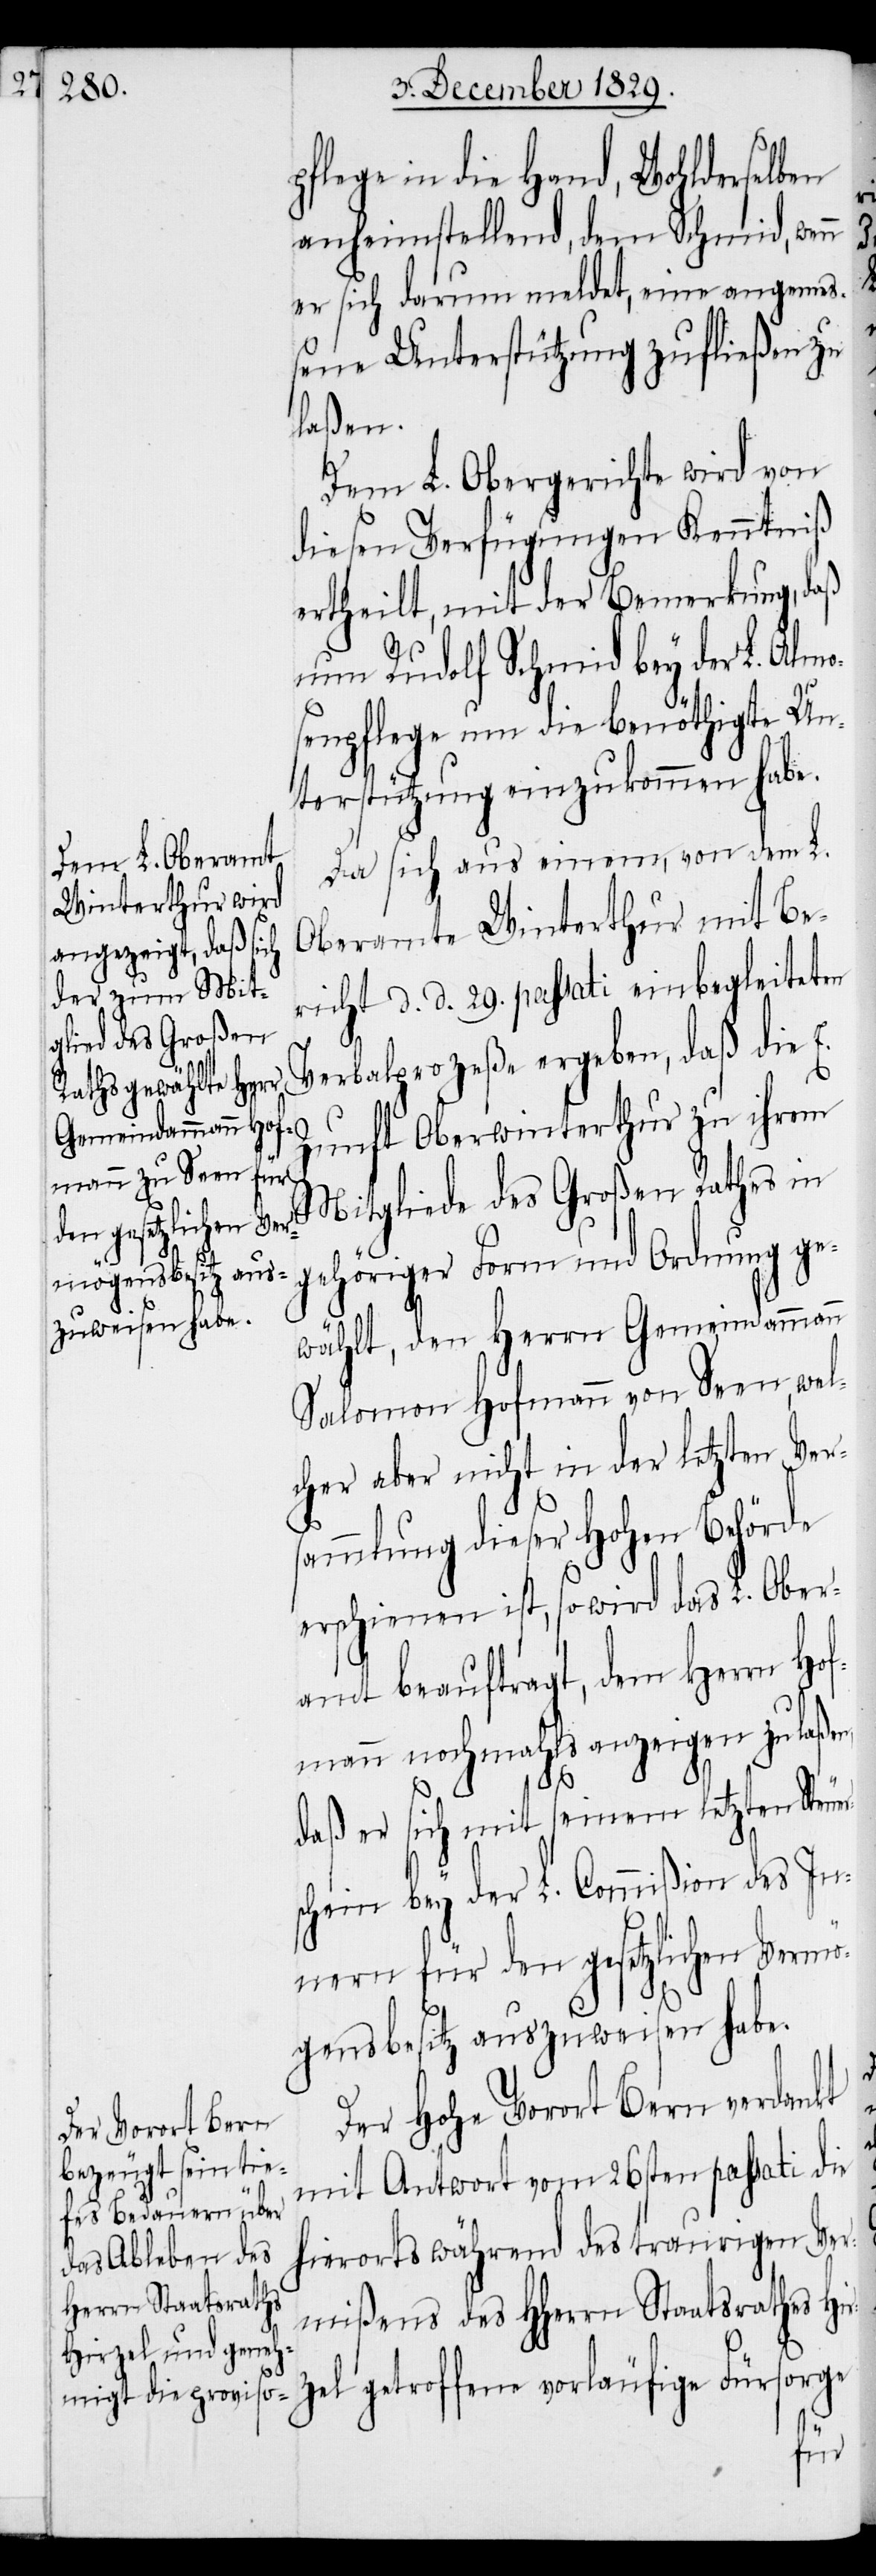
pflege in die Hand, Wohlderselben
anheimstellend, dem Schmid, wenn
er sich darum meldet, eine angeme¬
ßene Unterstützung zufließen zu
laßen,
Dem L. Obergerichte wird von
diesen Verfügungen Kenntniß
ertheilt, mit der Bemerkung, daß
nun Rudolf Schmid bey der L. Almo¬
senpflege um die benöthigte Un¬
terstützung einzukommen habe.
Da sich aus einem, von dem L.
Oberamt Winterthur mit Be¬
richt d. d. 29. passati einbegleiteten
Verbalprozeße ergeben, daß die E.
Zunft Oberwinterhtur zu ihrem
Mitgliede des Großen Rathes in
gehöriger Form und Ordnung ge¬
wählt, den Herrn Gemeindammann
Salomon Hofmann von Seen, wel¬
cher aber nicht in der letzten Vers¬
ammlung dieser Hohen Behörde
erschienen ist, so wird das L. Ober¬
amt beauftragt, dem Herrn Ho¬
fmann nochmahls anzeigen zu
daß er sich mit seinem letzten Steu¬
schein bey der L. Commißion des In¬
nern für den gesetzlichen Vermö¬
gensbesitz auszuweisen habe.
Der Hohe Vorort Bern verdankt
mit Antwort vom 26sten passati die
hierorts während des traurigen Ver¬
mißens des HHerrn Staatsrathes Hir¬
orge
zel getroffene vorläufige Fürs¬